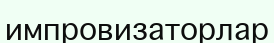
импровизаторлар